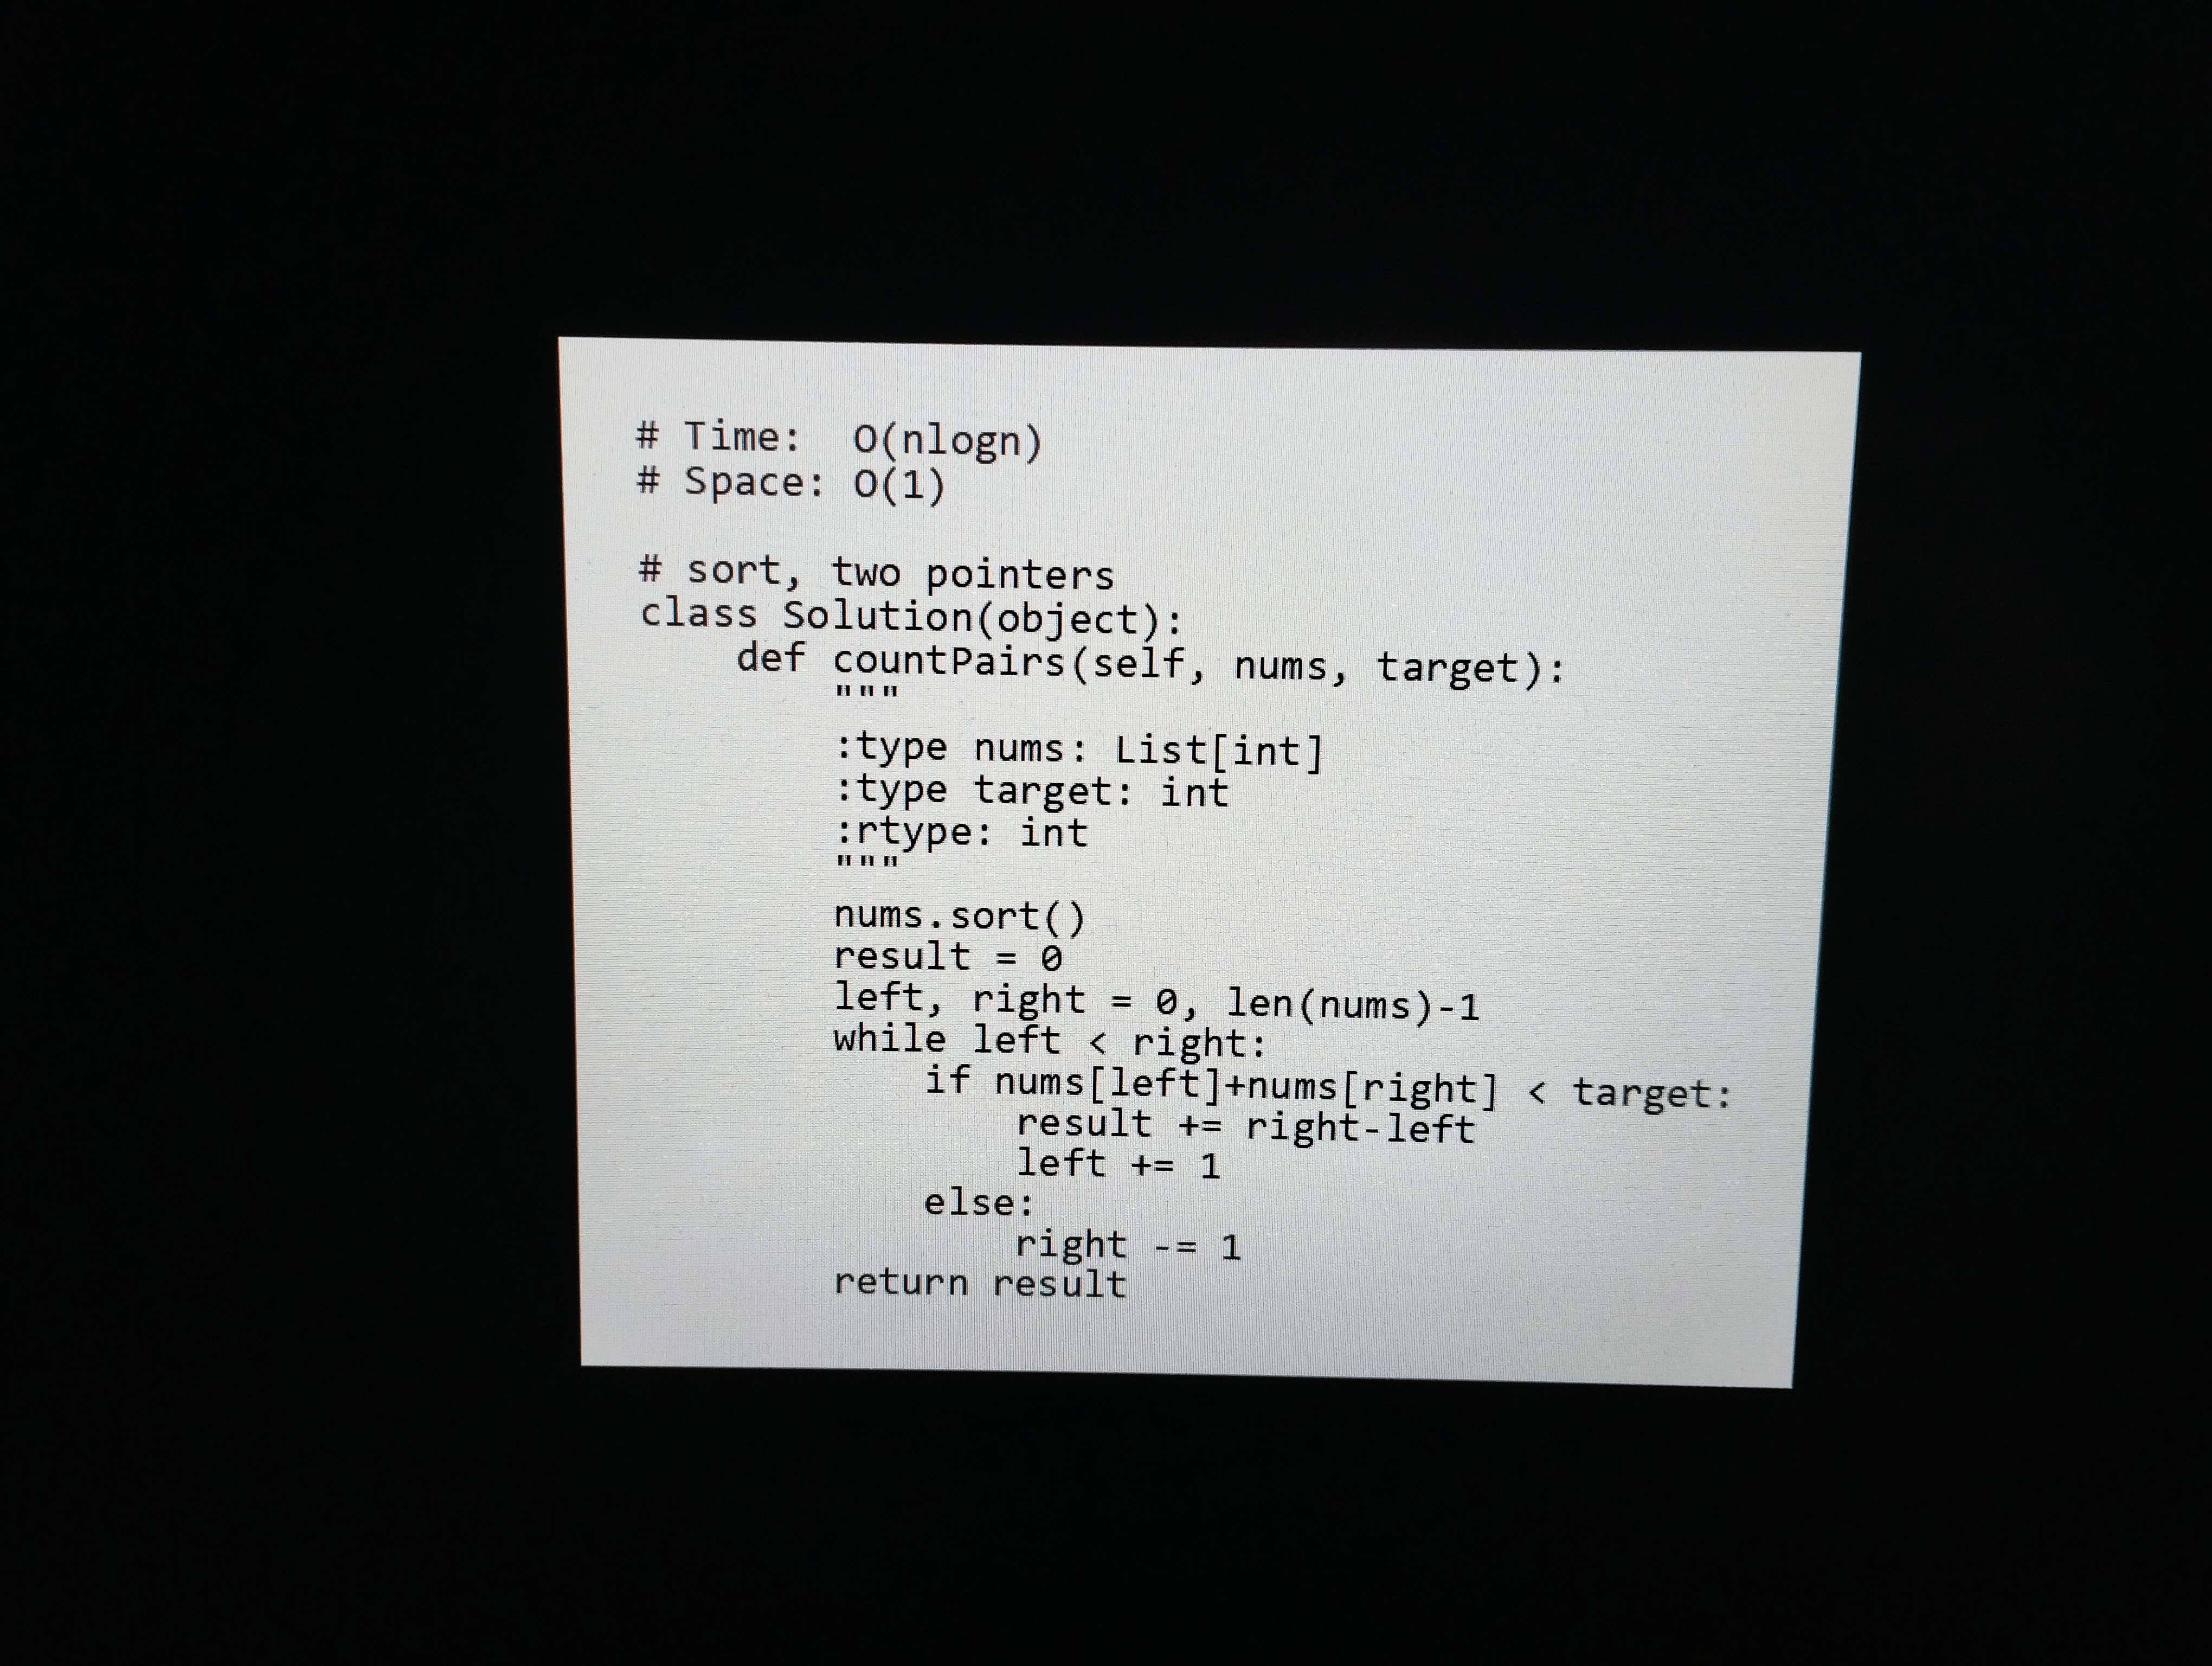
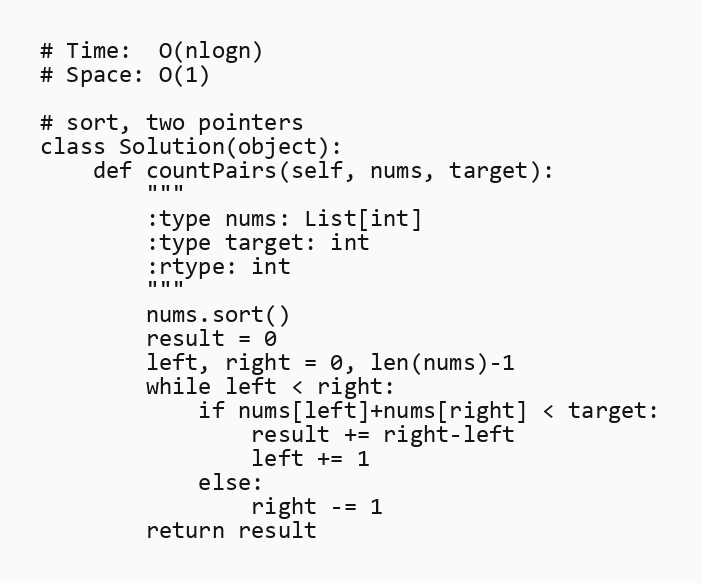
# Time:  O(nlogn)
# Space: O(1)

# sort, two pointers
class Solution(object):
    def countPairs(self, nums, target):
        """
        :type nums: List[int]
        :type target: int
        :rtype: int
        """
        nums.sort()
        result = 0
        left, right = 0, len(nums)-1
        while left < right:
            if nums[left]+nums[right] < target:
                result += right-left
                left += 1
            else:
                right -= 1
        return result